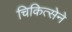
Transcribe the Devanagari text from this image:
चिकित्सेने